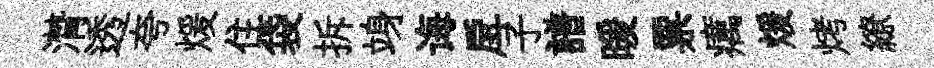
潸透夸煖住袋拆竧诲戽子譜暖票癘煖烤繚